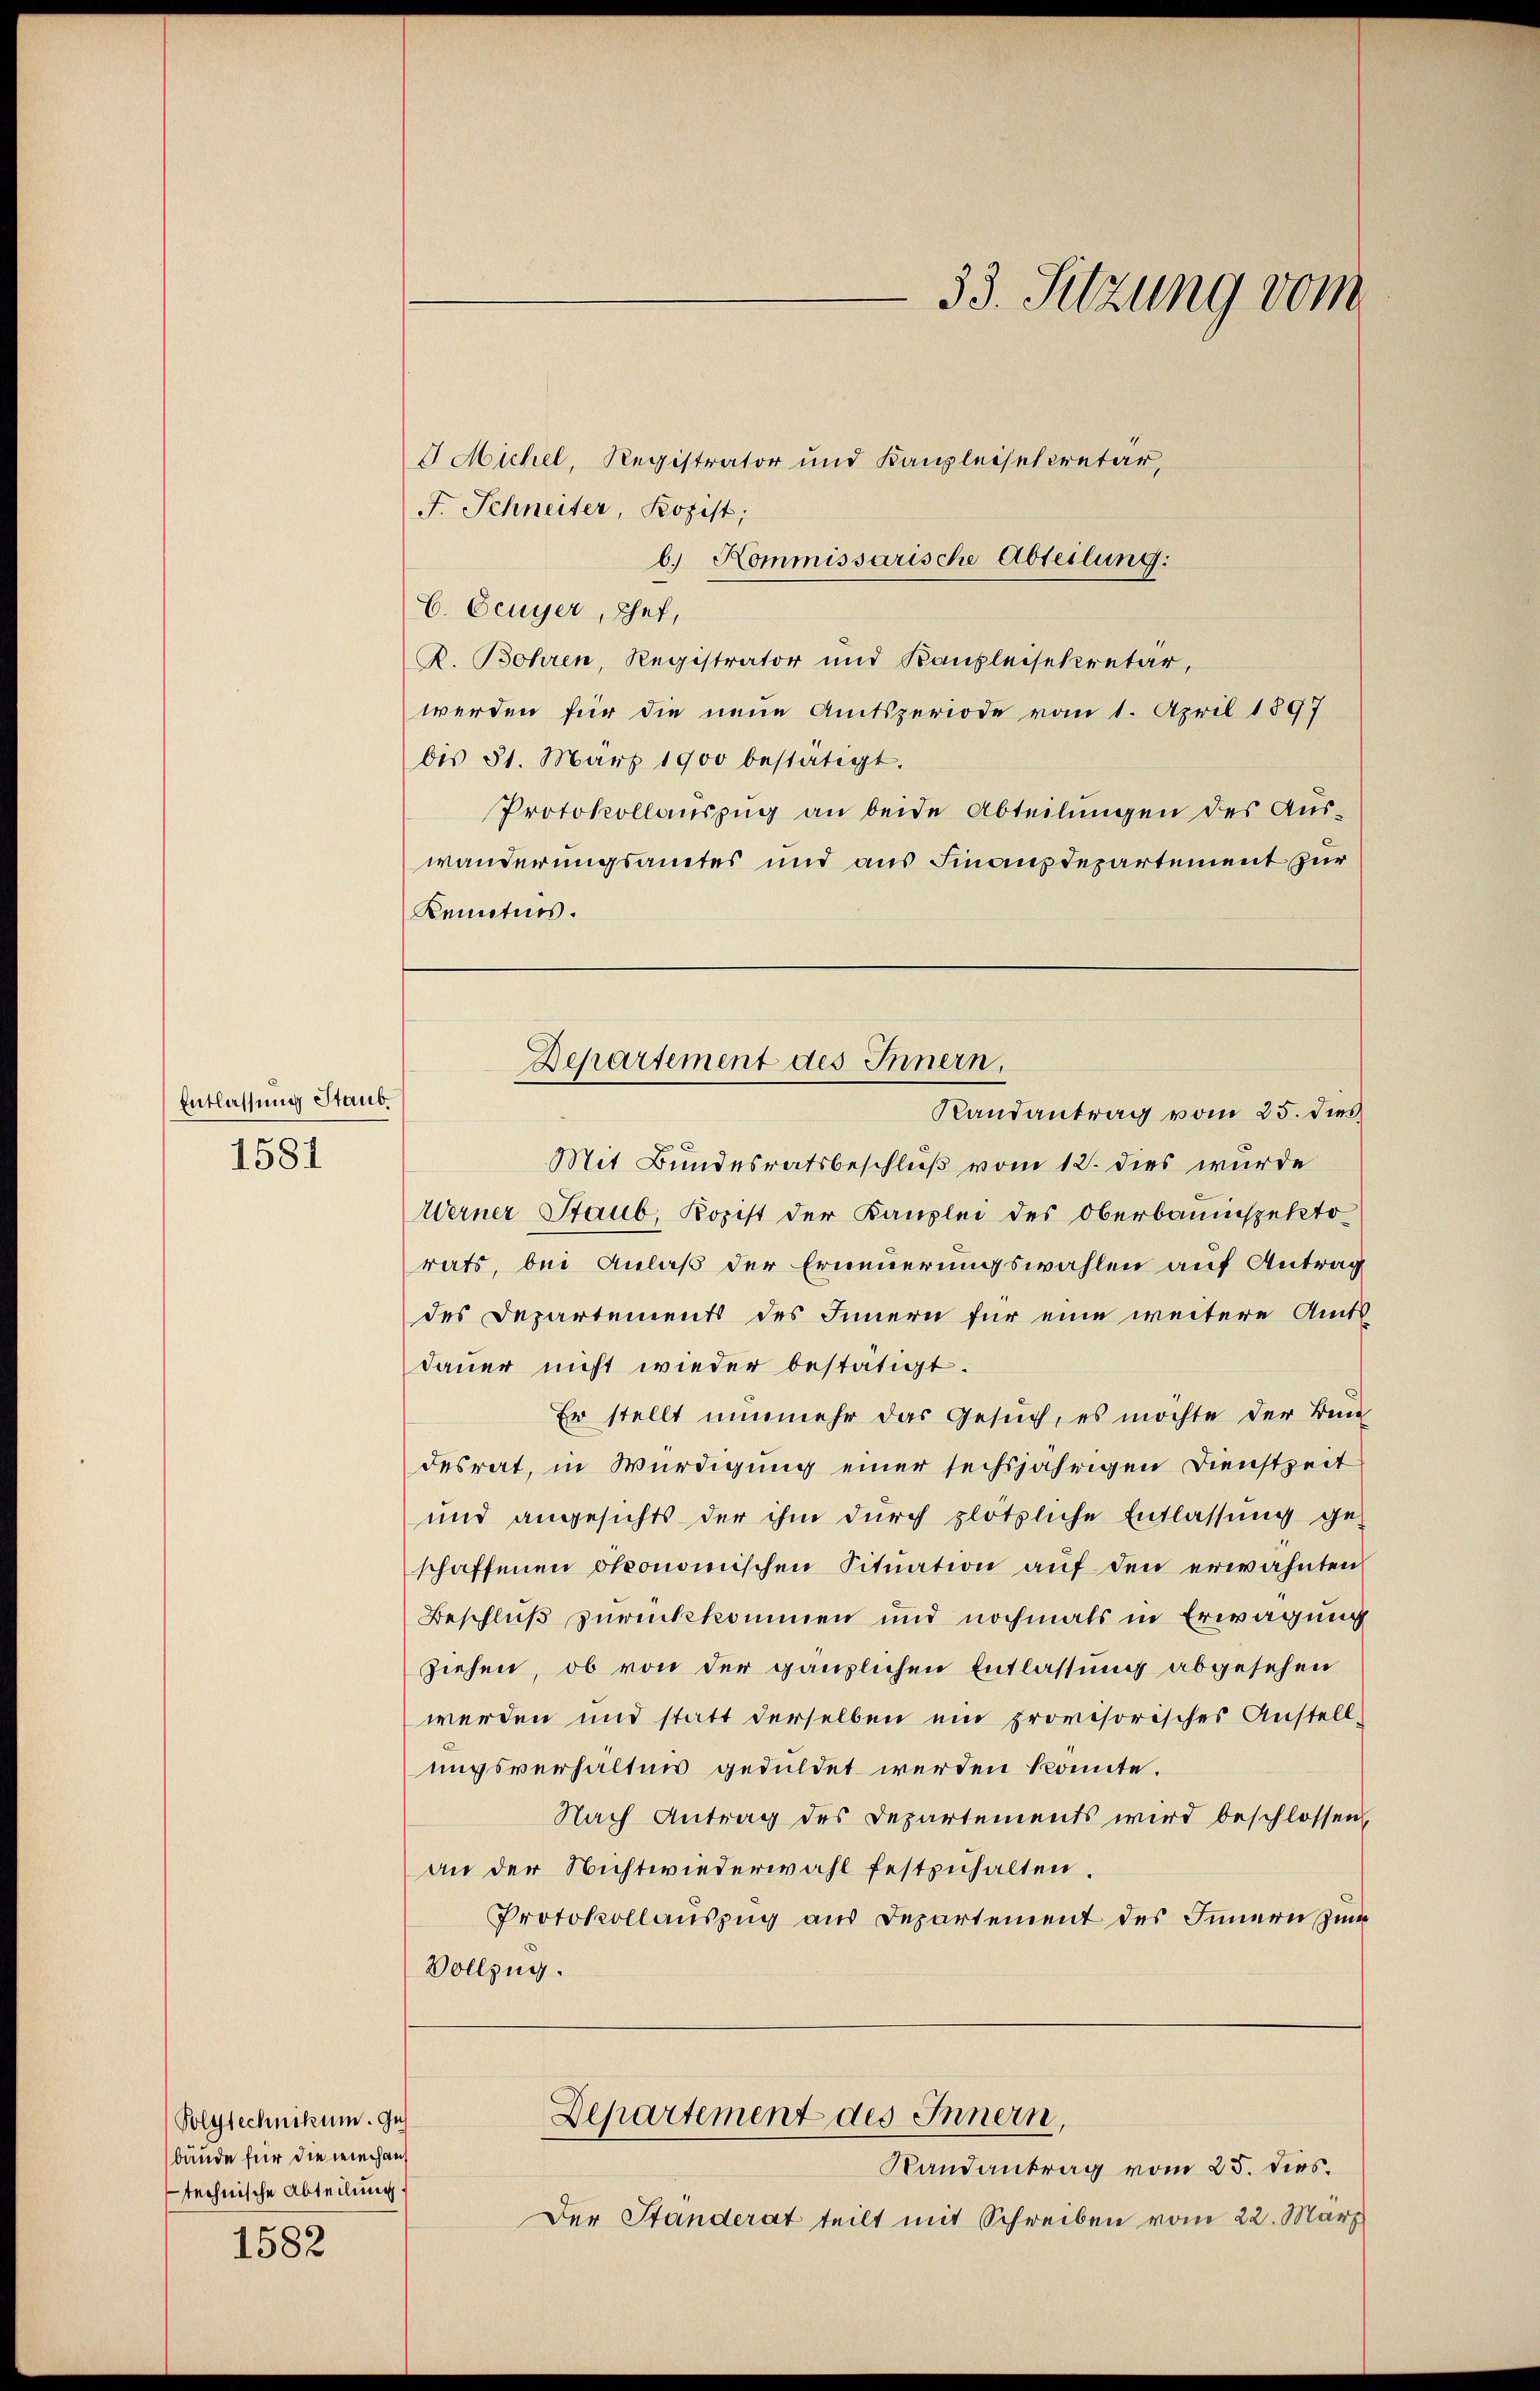
Entlassung Staub
1581

1582

Polytechnikum. Ges
bäude für die mechan
technische Abteilung.

33. Setzung vom

Departement des Innern,
Randantrag vom 25. dies

J Michel, Registrator und Kanzleisecretär,
F. Schneiter, Rozist;
b. Kommissarische Abteilung:
C. Feuyer, Chef,
R. Bohren, Registrator und Kaufleisekretär,
werden für die neue Amtsperiode vom 1. April 1897
bis 31. März 1900 bestätigt.
Protokollauszug an beide Abteilungen des Auswanderungsamtes und aus Finanzdepartement zur
Kenntnis.
Mit Bundesratsbeschluß vom 12. dies wurde
Werner Staub, Kopist der Kanzlei des Oberbauinspekto
rats, bei Anlaß der Erneuerungswahlen auf Antrag
des Departements des Innern für eine weitere Amtsdauer nicht wieder bestätigt.
Er stellt nunmehr das Gesuch, es möchte der Bun-
desrat, in Würdigung einer sechsjährigen Dienstzeit
und angesichts der ihm durch plötzliche Entlassung ge-
schaffenen ökonomischen Situation auf den erwähnten
Beschluß zurückkommen und nochmals in Erwägung
ziehen, ob von der gänzlichen Entlassung abgesehen
werden und statt derselben ein provisorisches Anstell-
ungsverhalten geduldet werden könnte.
Nach Antrag des Departements wird beschlossen,
an der Nichtwiederwahl festzuhalten.
Protokollauszug aus Departement des Innern zum
Vollzug.
Departement des Innern,
Randantrag vom 25. dies.
Der Ständerat teilt mit Schreiben vom 22. März